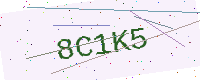
Text: 8C1K5